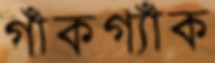
গাঁকগ্যাঁক